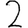
Digit: 2